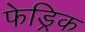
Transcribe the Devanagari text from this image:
फेड्रिक